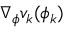
\nabla _ { \phi } v _ { k } ( \phi _ { k } )